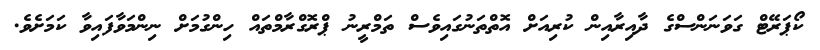
ކޯޕަރޭޓް ގަވަނަންސްގެ ދާއިރާއިން ކުރިއަށް އޮތްތަނުގައިވެސް ތަމްރީނު ޕްރޮގްރާމްތައް ހިންގުމަށް ނިންމަވާފައިވާ ކަމަށެވެ.